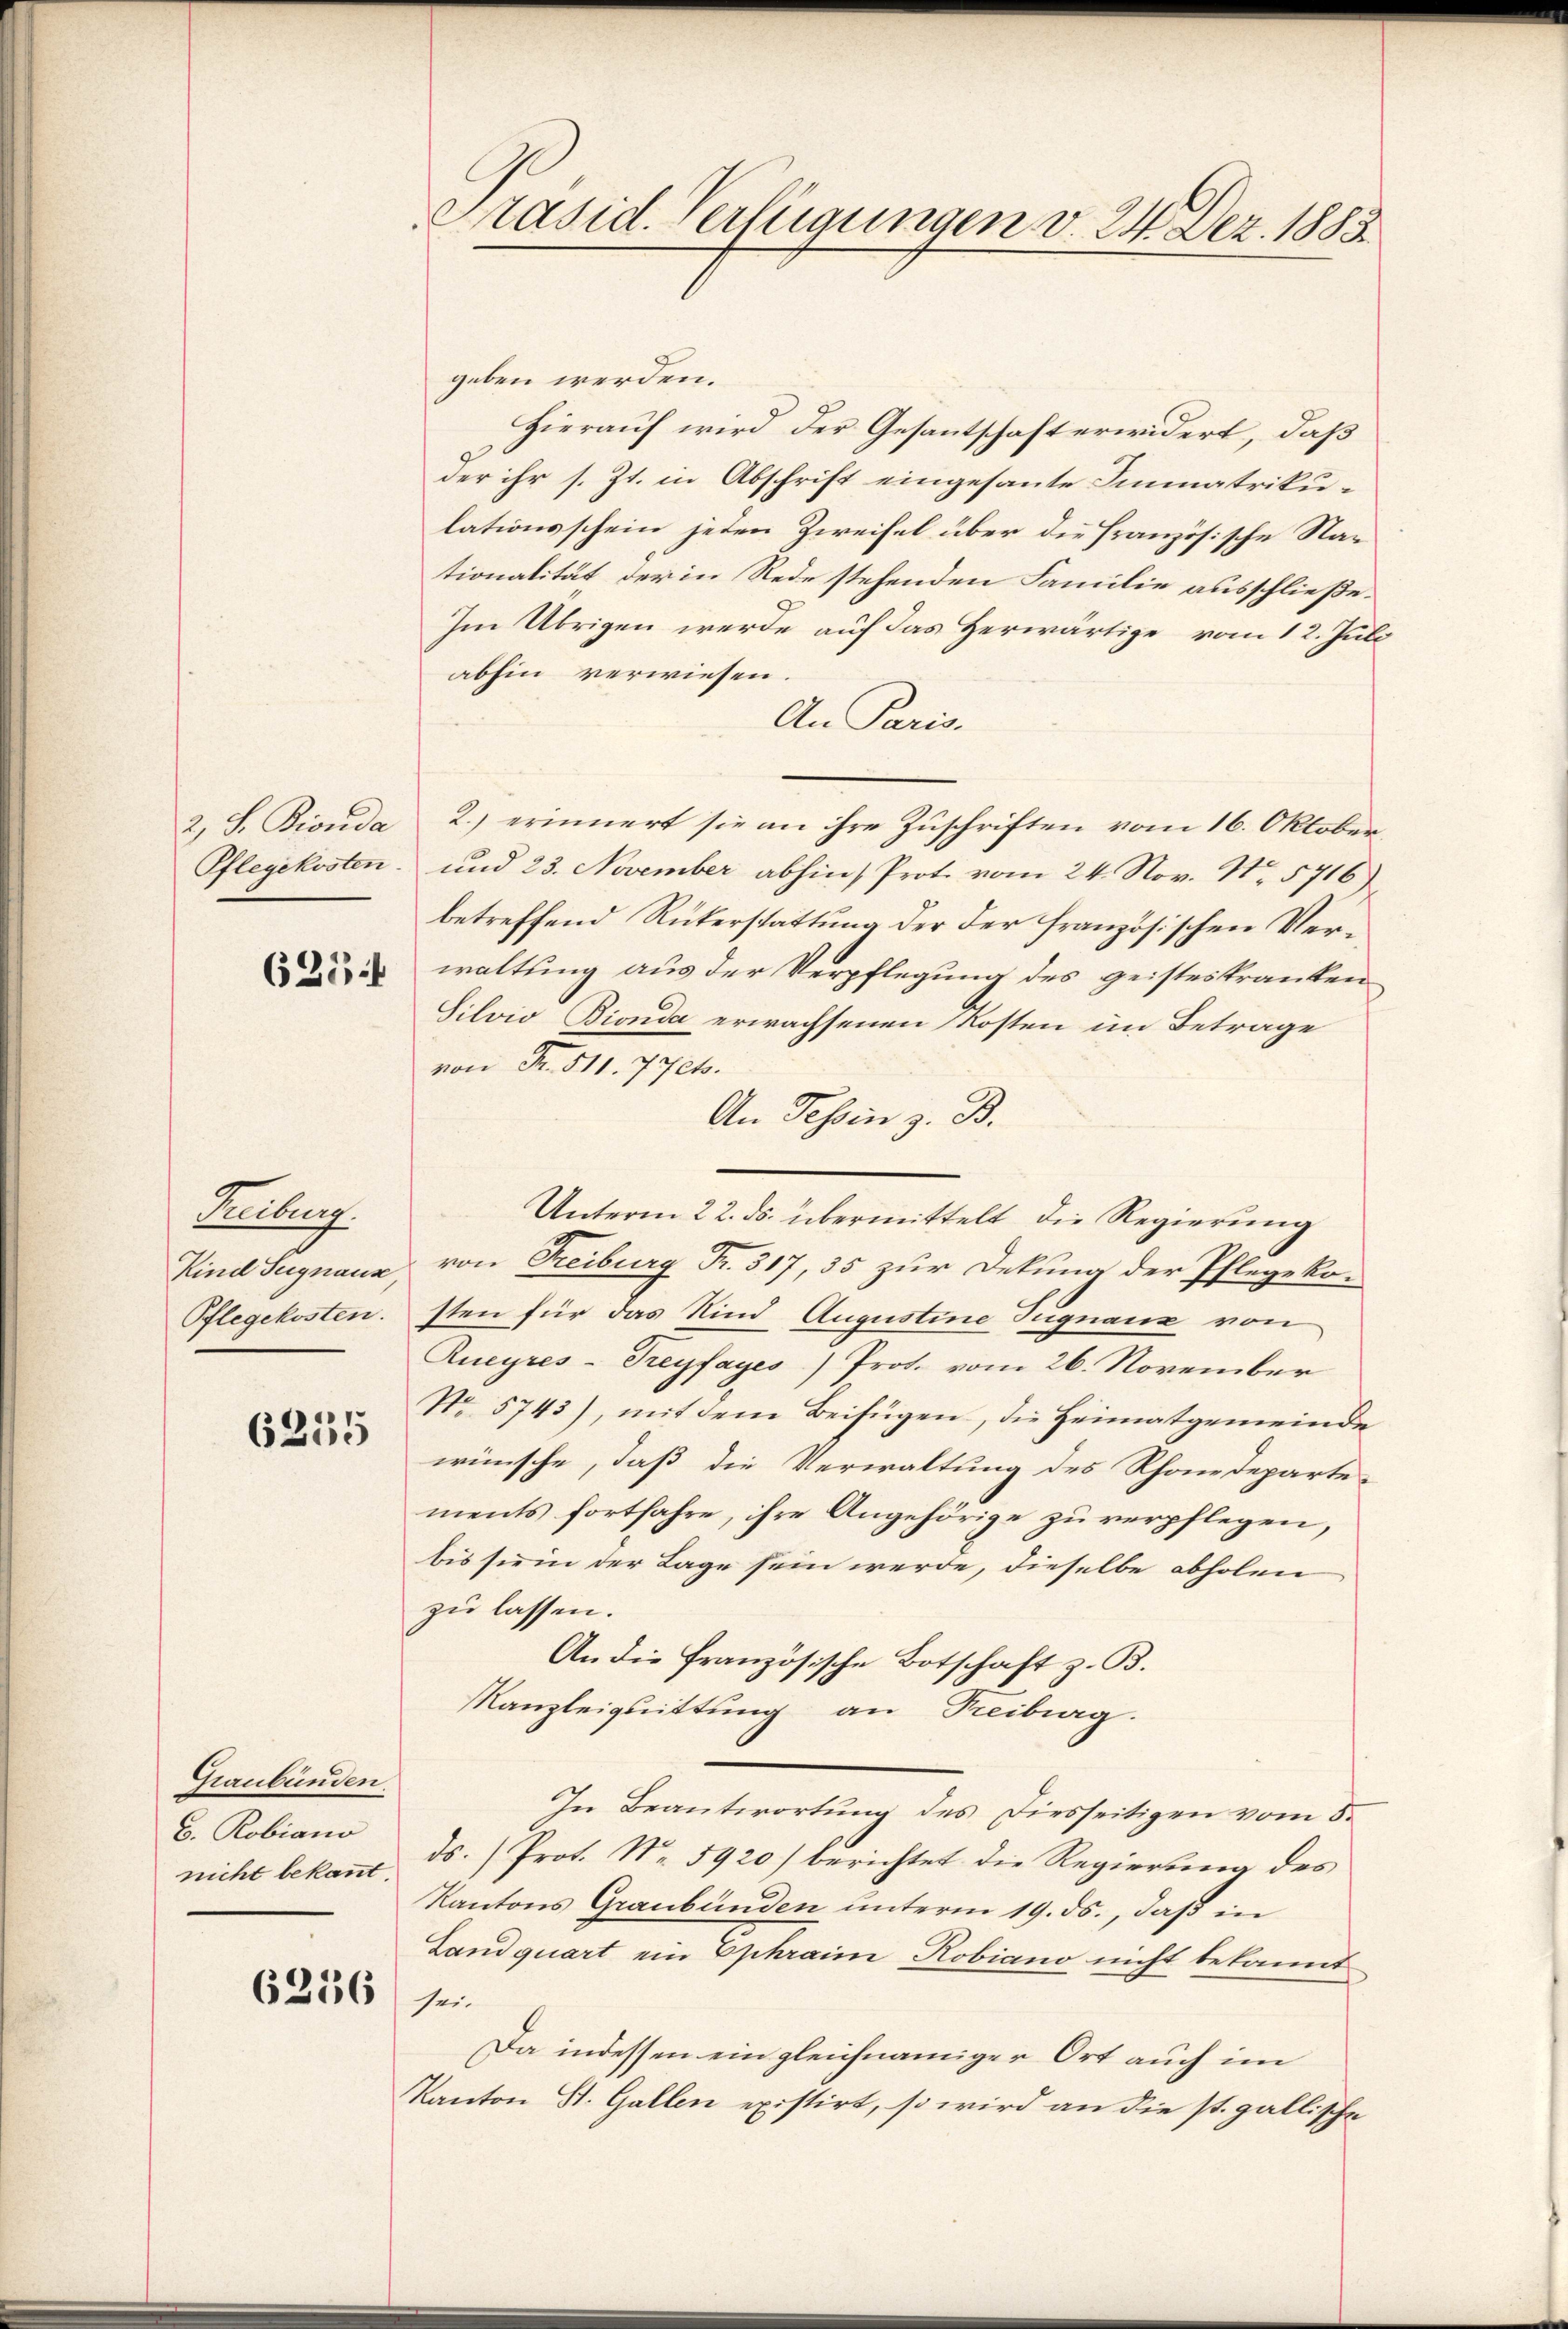
623 f

Treiburg
Kind Segnaus
Pflegekosten.

6255

Graubünden.
b. Robiano

6236 s.

Präsid. Verfügungen v. 24. Dez. 1883

geben werden.
Hierauf wird der Gesantschaft erwidert, daß
der ihr s. Zt. in Abschrift eingesante Immatrikulationsschein jeden Zweifel über die Französische Nationalität der in Rede stehenden Familie ausschließe.
Im Übrigen werde auf das Herwärtige vom 12. Juli
abhin verwiesen.
An Paris.
2, S. Biouda 2.) erinnert sie an ihre Zuschriften vom 16. Oktober
Pflegekosten und 23. November abhin, Prot. vom 24. Nov. No. 5716)
betreffend Rükerstattung der der französischen Verwaltung aus der Verpflegung des geisteskranken
Silvio Bionda erwachsenen Kosten im Betrage
von Fr. 511. 77eto.
An Tessin z. B.
Unterm 22. ds. übermittelt die Regierŭng
von Freiburg Fr. 317, 35 zur Dekung der Pflegekosten für das Kind Augustine Tugnaue von
Rueyres-Treyfayes) Prot. vom 26. November
No. 5743), mit dem Beifügen, die Heimatgemeinde
wünsche, daß die Verwaltung des Rhonedeparte-
ments fortfahre, ihre Angehörige zu verpflegen,
bis sie in der Lage sein werde, dieselbe abholen
zu lassen.
An die französische Botschaft z. B.
Kanzleiguittung an Treiburg.
In Beantwortŭng des Diesseitigen vom 5.
nicht bekaṅt ds. Prot. Nr. 5920) berichtet die Regierung des
Kantons Graubünden unterm 19. ds., daß in
Landquart ein Ephraim Robiano nicht bekannt
Da indessen ein gleichnamiger Ort auch im
Kanton St. Gallen existirt, so wird an die st. gallische